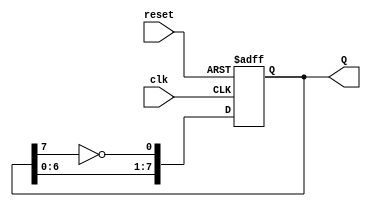
module JohnsonCounter (
    input wire clk,        // Clock input
    input wire reset,      // Asynchronous reset
    output reg [7:0] Q     // Current state output
);

// Define the Johnson counter logic
always @(posedge clk or posedge reset) begin
    if (reset) begin
        Q <= 8'b00000000; // On reset, set output to zero
    end else begin
        Q <= {Q[6:0], ~Q[7]}; // Shift left and feed inverted last flip-flop output
    end
end

endmodule